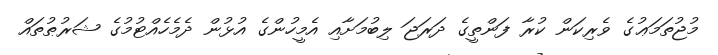
މުޖުތަމަޢުގެ ވެރިކަން ކުރާ ފަންތީގެ ދަރަޖަ ލިބުމަށާއި އެމީހުންގެ އުޅުން ދެމެހެއްޓުމުގެ ޝަރުޠުތައް